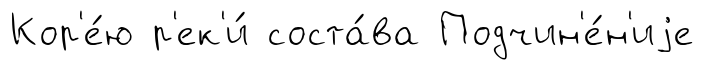
Кор'е́ю р'ек'и́ соста́ва Подчин'е́н'иjе